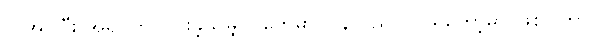
လိုအပ်ပြီး အရင်က ငြင်းခဲ့သမျှ ပွဲတွေမှာ ပြန်လည်ပါဝင်ရတော့မှာ ဖြစ်ပါတယ်။